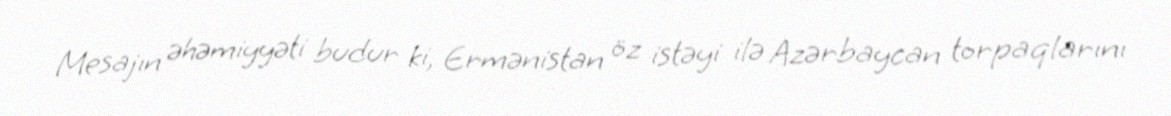
Mesajın əhəmiyyəti budur ki, Ermənistan öz istəyi ilə Azərbaycan torpaqlarını